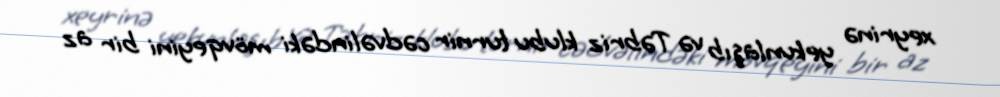
xeyrinə yekunlaşıb və Təbriz klubu turnir cədvəlindəki mövqeyini bir az